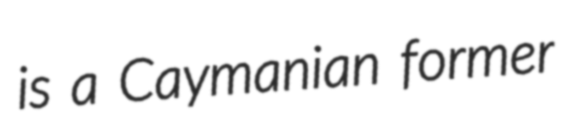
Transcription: is a Caymanian former